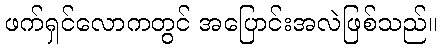
ဖက်ရှင်လောကတွင် အပြောင်းအလဲဖြစ်သည်။